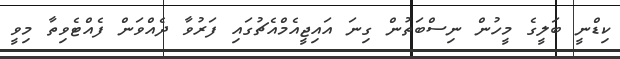
ކިޑްނީ ބަލީގެ މީހުން ނިސްބަތުން ގިނަ އައިޖީއެމްއެޗުގައި ފަރުވާ ދެއްވަން ފެއްޓެވިތާ މިވީ